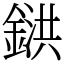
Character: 𨩅